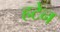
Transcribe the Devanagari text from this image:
हटेन